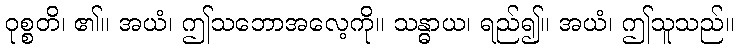
ဝုစ္စတိ၊ ၏။ အယံ၊ ဤသဘောအလေ့ကို။ သန္ဓာယ၊ ရည်၍။ အယံ၊ ဤသူသည်။